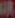
IR